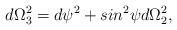
LaTeX: \begin{align*}d\Omega_3^2 = d\psi^2 + sin^2 \psi d\Omega_2^2,\end{align*}